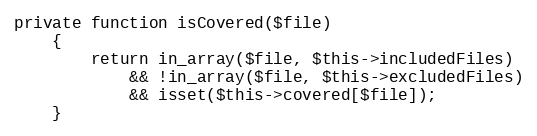
Language: PHP
private function isCovered($file)
    {
        return in_array($file, $this->includedFiles)
            && !in_array($file, $this->excludedFiles)
            && isset($this->covered[$file]);
    }